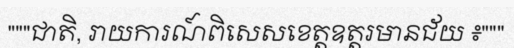
"""ជាតិ, រាយការណ៍ពិសេសខេត្តឧត្តរមានជ័យ ៖"""